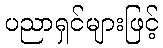
ပညာရှင်များဖြင့်